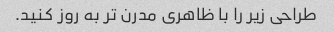
طراحی زیر را با ظاهری مدرن تر به روز کنید.